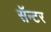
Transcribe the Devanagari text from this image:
सॅन्टर